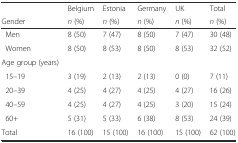
|  | Belgium | Estonia | Germany | UK | Total |
 | Gender | n (%) | n (%) | n (%) | n (%) | n (%) |
 | --- | --- | --- | --- | --- | --- |
 | Men | 8 (50) | 7 (47) | 8 (50) | 7 (47) | 30 (48) |
 | Women | 8 (50) | 8 (53) | 8 (50) | 8 (53) | 32 (52) |
 | Age group (years) |  |  |  |  |  |
 | 15–19 | 3 (19) | 2 (13) | 2 (13) | 0 (0) | 7 (11) |
 | 20–39 | 4 (25) | 4 (27) | 4 (25) | 4 (27) | 16 (26) |
 | 40–59 | 4 (25) | 4 (27) | 4 (25) | 3 (20) | 15 (24) |
 | 60+ | 5 (31) | 5 (33) | 6 (38) | 8 (53) | 24 (39) |
 | Total | 16 (100) | 15 (100) | 16 (100) | 15 (100) | 62 (100) |